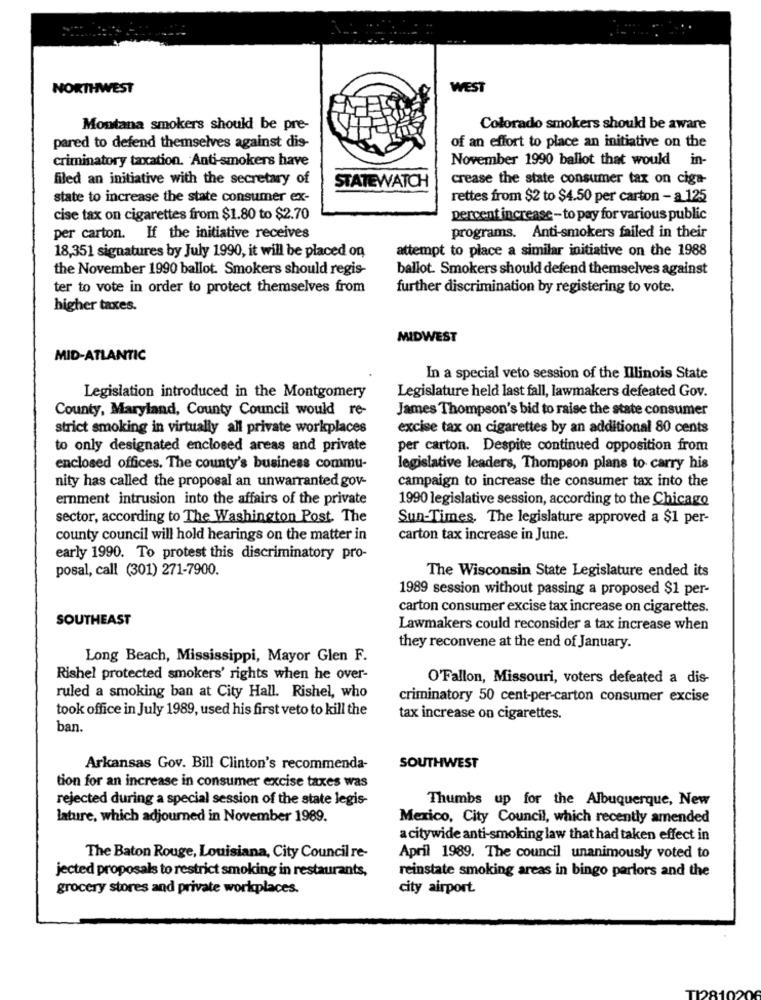
NORTHWEST
WEST
Montana smokers should be pre-
Colorado smokers should be aware
of an effort to place an initiative on the
pared to defend themselves against dis-
criminatory taxation. Anti-smokers have
November 1990 ballot that would in-
filed an initiative with the secretary of
STATEWATCH
crease the state consumer tax on ciga-
state to increase the state consumer ex-
rettes from $2 to $4.50 per carton - a 125
cise tax on cigarettes from $1.80 to $2.70
percent increase - to pay for various public
per carton. If the initiative receives
programs. Anti-smokers failed in their
18,351 signatures by July 1990, it will be placed on
attempt to place a similar initiative on the 1988
the November 1990 ballot. Smokers should regis-
ballot. Smokers should defend themselves against
ter to vote in order to protect themselves from
further discrimination by registering to vote.
higher taxes.
MIDWEST
MID-ATLANTIC
In a special veto session of the Illinois State
Legislation introduced in the Montgomery
Legislature held last fall, lawmakers defeated Gov.
County, Maryland, County Council would re-
James Thompson's bid to raise the state consumer
strict smoking in virtually all private workplaces
excise tax on cigarettes by an additional 80 cents
to only designated enclosed areas and private
per carton. Despite continued opposition from
enclosed offices. The county's business commu-
legislative leaders, Thompson plans to carry his
nity has called the proposal an unwarranted gov-
campaign to increase the consumer tax into the
emment intrusion into the affairs of the private
1990 legislative session, according to the Chicago
sector, according to The Washington Post. The
Sun-Times. The legislature approved a $1 per-
county council will hold hearings on the matter in
carton tax increase in June.
early 1990. To protest this discriminatory pro-
posal, call (301) 271-7900.
The Wisconsin State Legislature ended its
1989 session without passing a proposed $1 per-
carton consumer excise tax increase on cigarettes.
SOUTHEAST
Lawmakers could reconsider a tax increase when
they reconvene at the end of January.
Long Beach, Mississippi, Mayor Glen F.
Rishel protected smokers' rights when he over-
O'Fallon, Missouri, voters defeated a dis-
ruled a smoking ban at City Hall. Rishel, who
criminatory 50 cent-per-carton consumer excise
took office in July 1989, used his first veto to kill the
tax increase on cigarettes.
ban.
Arkansas Gov. Bill Clinton's recommenda-
SOUTHWEST
tion for an increase in consumer excise taxes was
rejected during a special session of the state legis-
Thumbs up for the Albuquerque, New
lature, which adjourned in November 1989.
Mexico, City Council, which recently amended
a citywide anti-smoking law that had taken effect in
The Baton Rouge, Louisiana, City Council re-
April 1989. The council unanimously voted to
jected proposals to restrict smoking in restaurants,
reinstate smoking areas in bingo parlors and the
grocery stores and private workplaces.
city airport.